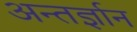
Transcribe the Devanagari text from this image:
अन्तर्ज्ञान